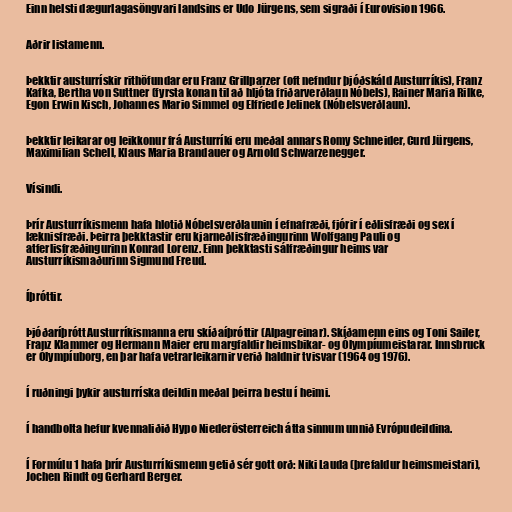
Einn helsti dægurlagasöngvari landsins er Udo Jürgens, sem sigraði í Eurovision 1966.

Aðrir listamenn.

Þekktir austurrískir rithöfundar eru Franz Grillparzer (oft nefndur þjóðskáld Austurríkis), Franz
Kafka, Bertha von Suttner (fyrsta konan til að hljóta friðarverðlaun Nóbels), Rainer Maria Rilke,
Egon Erwin Kisch, Johannes Mario Simmel og Elfriede Jelinek (Nóbelsverðlaun).

Þekktir leikarar og leikkonur frá Austurríki eru meðal annars Romy Schneider, Curd Jürgens,
Maximilian Schell, Klaus Maria Brandauer og Arnold Schwarzenegger.

Vísindi.

Þrír Austurríkismenn hafa hlotið Nóbelsverðlaunin í efnafræði, fjórir í eðlisfræði og sex í
læknisfræði. Þeirra þekktastir eru kjarneðlisfræðingurinn Wolfgang Pauli og
atferlisfræðingurinn Konrad Lorenz. Einn þekktasti sálfræðingur heims var
Austurríkismaðurinn Sigmund Freud.

Íþróttir.

Þjóðaríþrótt Austurríkismanna eru skíðaíþróttir (Alpagreinar). Skíðamenn eins og Toni Sailer,
Franz Klammer og Hermann Maier eru margfaldir heimsbikar- og Ólympíumeistarar. Innsbruck
er Ólympíuborg, en þar hafa vetrarleikarnir verið haldnir tvisvar (1964 og 1976).

Í ruðningi þykir austurríska deildin meðal þeirra bestu í heimi.

Í handbolta hefur kvennaliðið Hypo Niederösterreich átta sinnum unnið Evrópudeildina.

Í Formúlu 1 hafa þrír Austurríkismenn getið sér gott orð: Niki Lauda (þrefaldur heimsmeistari),
Jochen Rindt og Gerhard Berger.